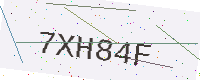
Text: 7XH84F